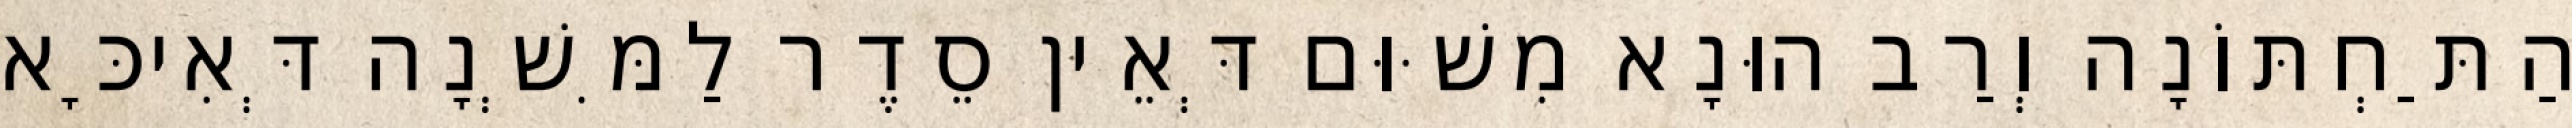
הַתַּחְתּוֹנָה וְרַב הוּנָא מִשּׁוּם דְּאֵין סֵדֶר לַמִּשְׁנָה דְּאִיכָּא